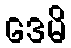
ဒေမိ